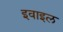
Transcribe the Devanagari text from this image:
इवाइल